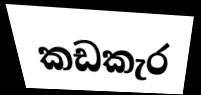
කඩකැර